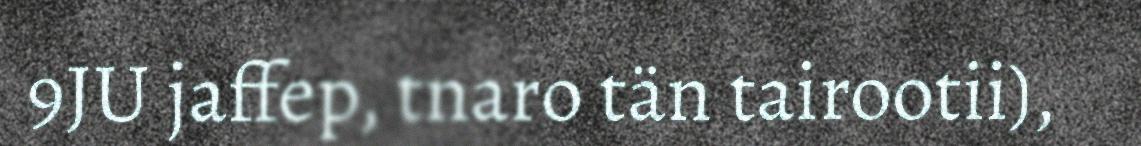
9JU jaffep, tnaro tän tairootii),